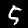
Digit: 5